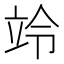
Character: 竛